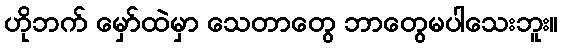
ဟိုဘက် မှော်ထဲမှာ သေတာတွေ ဘာတွေမပါသေးဘူး။